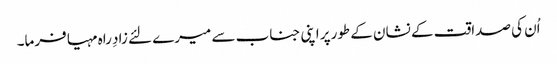
اُن کی صداقت کے نشان کے طورپر اپنی جناب سے میرے لئے زادِ راہ مہیا فرما۔